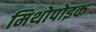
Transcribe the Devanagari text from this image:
मिथोपोइक